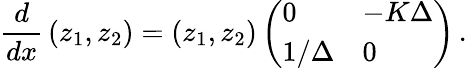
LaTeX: {\frac{d}{dx}}\left(\begin{array}{l}{z_{1},z_{2}}\end{array}\right)=\left(\begin{array}{l}{z_{1},z_{2}}\end{array}\right)\left(\begin{array}{ll}{0}&{-K\Delta}\\ {1/\Delta}&{0}\end{array}\right)\, .